Source: Handwritten
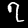
Digit: ၇ (7)